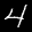
Label: 4